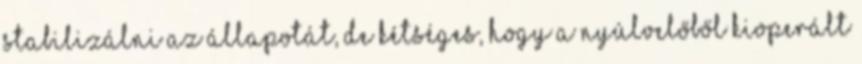
stabilizálni az állapotát, de kétséges, hogy a nyúlvelőből kioperált